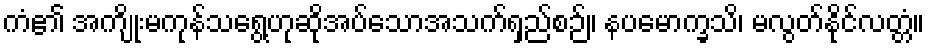
ကံ၏ အကျိုးမကုန်သရွေ့ဟုဆိုအပ်သောအသက်ရှည်စဉ်။ နပမောက္ခသိ၊ မလွတ်နိုင်လတ္တံ။